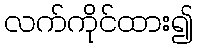
လက်ကိုင်ထား၍